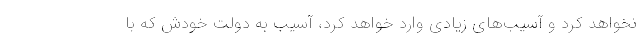
نخواهد کرد و آسیب‌های زیادی وارد خواهد کرد، آسیب به دولت خودش که با